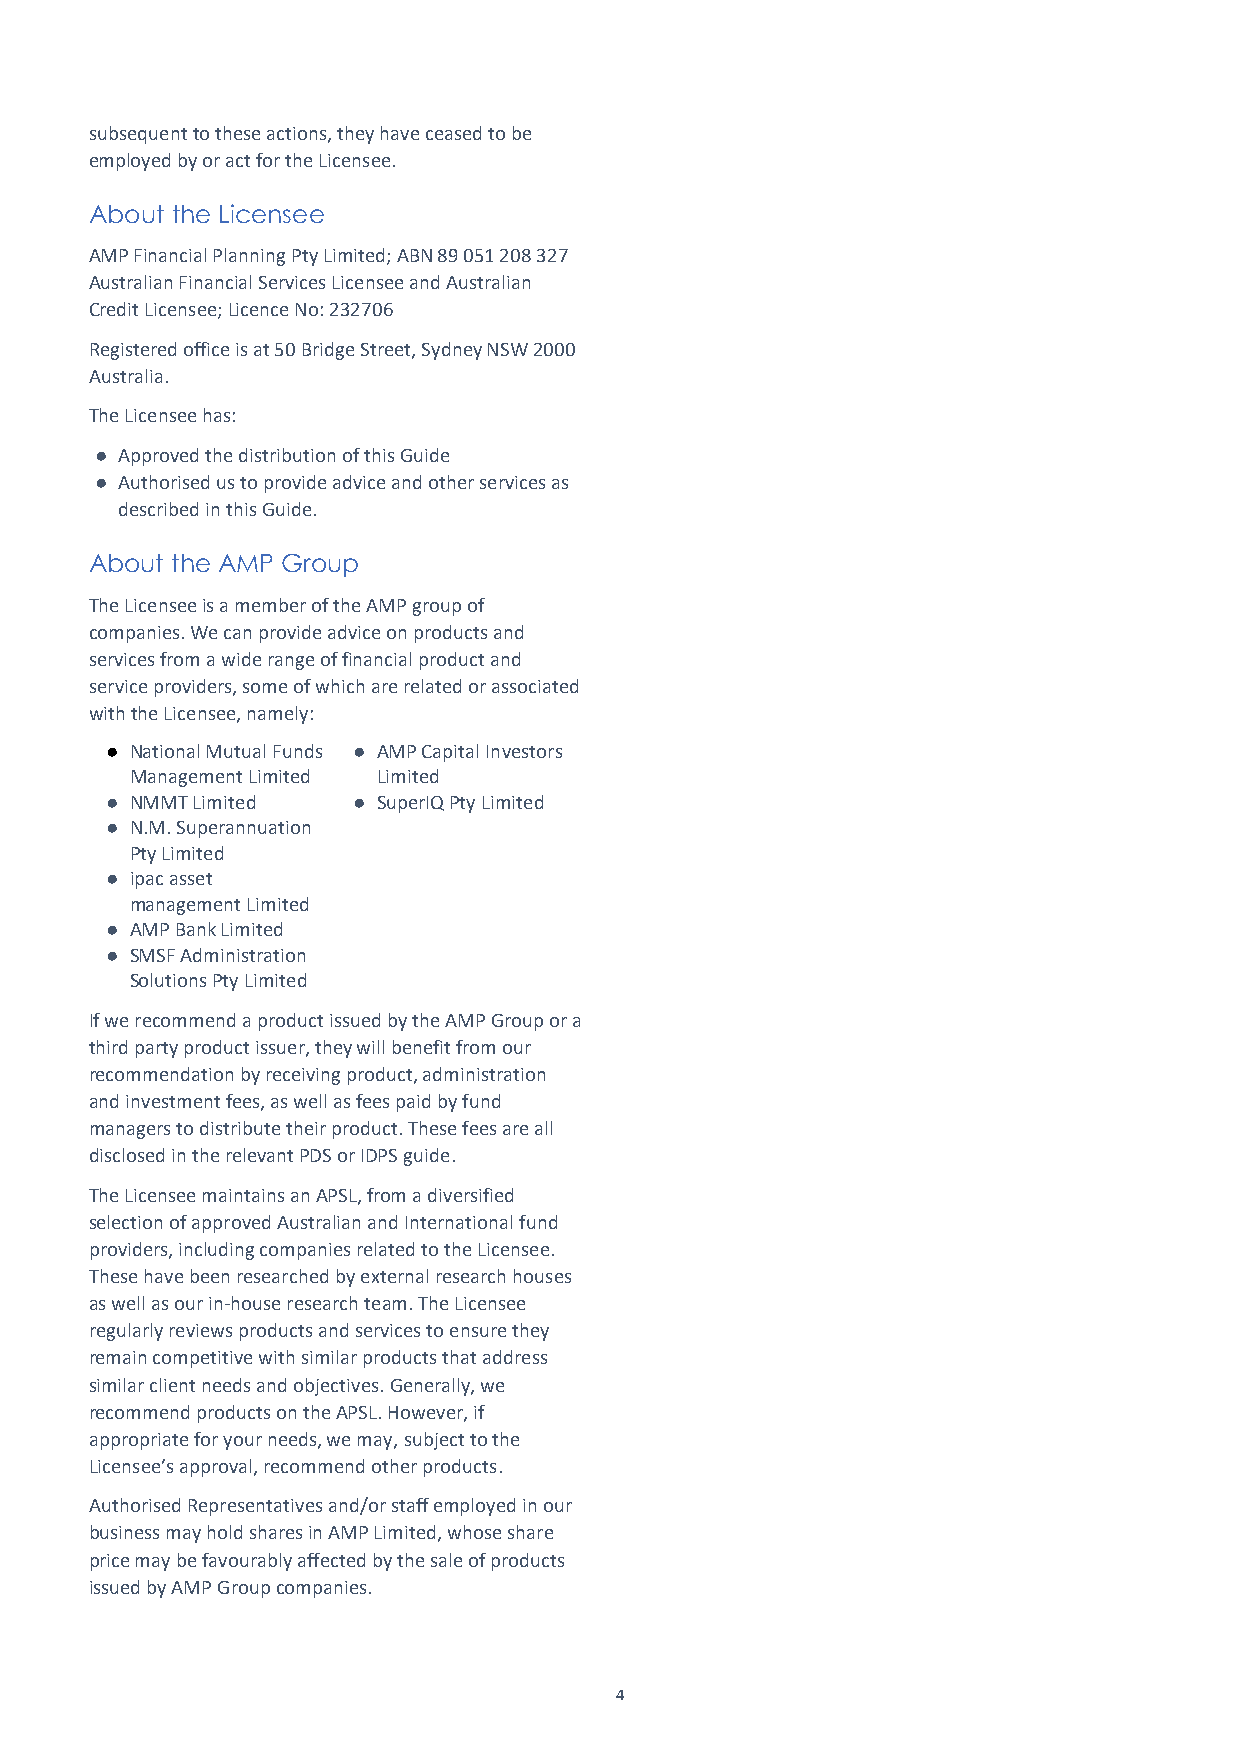
subsequent to these actions, they have ceased to be
 employed by or act for the Licensee.
 About the Licensee
 AMP Financial Planning Pty Limited; ABN 89 051 208 327
 Australian Financial Services Licensee and Australian
 Credit Licensee; Licence No: 232706
 Registered office is at 50 Bridge Street, Sydney NSW 2000
 Australia.
 The Licensee has:
 ● Approved the distribution of this Guide
 ● Authorised us to provide advice and other services as
 described in this Guide.
 About the AMP Group
 The Licensee is a member of the AMP group of
 companies. We can provide advice on products and
 services from a wide range of financial product and
 service providers, some of which are related or associated
 with the Licensee, namely:
 ● National Mutual Funds ● AMP Capital Investors
 Management Limited Limited
 ● NMMT Limited  ● SuperIQ Pty Limited
 ● N.M. Superannuation
 Pty Limited
 ● ipac asset
 management Limited
 ● AMP Bank Limited
 ● SMSF Administration
 Solutions Pty Limited
 If we recommend a product issued by the AMP Group or a
 third party product issuer, they will benefit from our
 recommendation by receiving product, administration
 and investment fees, as well as fees paid by fund
 managers to distribute their product. These fees are all
 disclosed in the relevant PDS or IDPS guide.
 The Licensee maintains an APSL, from a diversified
 selection of approved Australian and International fund
 providers, including companies related to the Licensee.
 These have been researched by external research houses
 as well as our in-house research team. The Licensee
 regularly reviews products and services to ensure they
 remain competitive with similar products that address
 similar client needs and objectives. Generally, we
 recommend products on the APSL. However, if
 appropriate for your needs, we may, subject to the
 Licensee’s approval, recommend other products.
 Authorised Representatives and/or staff employed in our
 business may hold shares in AMP Limited, whose share
 price may be favourably affected by the sale of products
 issued by AMP Group companies.
 4